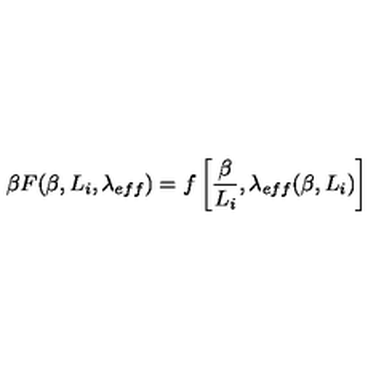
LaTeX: \beta F ( \beta , L _ { i } , \lambda _ { e f f } ) = f \left[ \frac { \beta } { L _ { i } } , \lambda _ { e f f } ( \beta , L _ { i } ) \right]